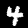
Digit: 4